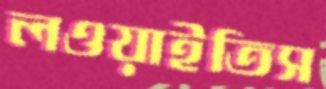
লওয়াইতিস